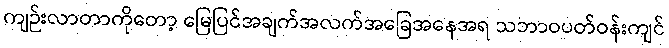
ကျဉ်းလာတာကိုတော့ မြေပြင်အချက်အလက်အခြေအနေအရ သဘာဝပတ်ဝန်းကျင်